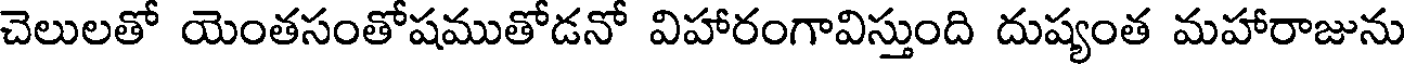
చెలులతో యెంతసంతోషముతోడనో విహారంగావిస్తుంది దుష్యంత మహారాజును